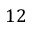
1 2